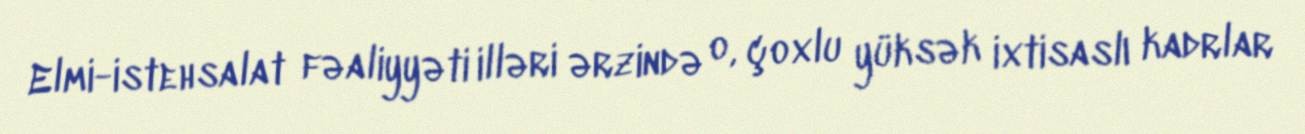
Elmi-istehsalat fəaliyyəti illəri ərzində o, çoxlu yüksək ixtisaslı kadrlar